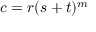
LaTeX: c = r ( s + t ) ^ { m }